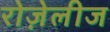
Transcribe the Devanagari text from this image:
रोज़ेलीज